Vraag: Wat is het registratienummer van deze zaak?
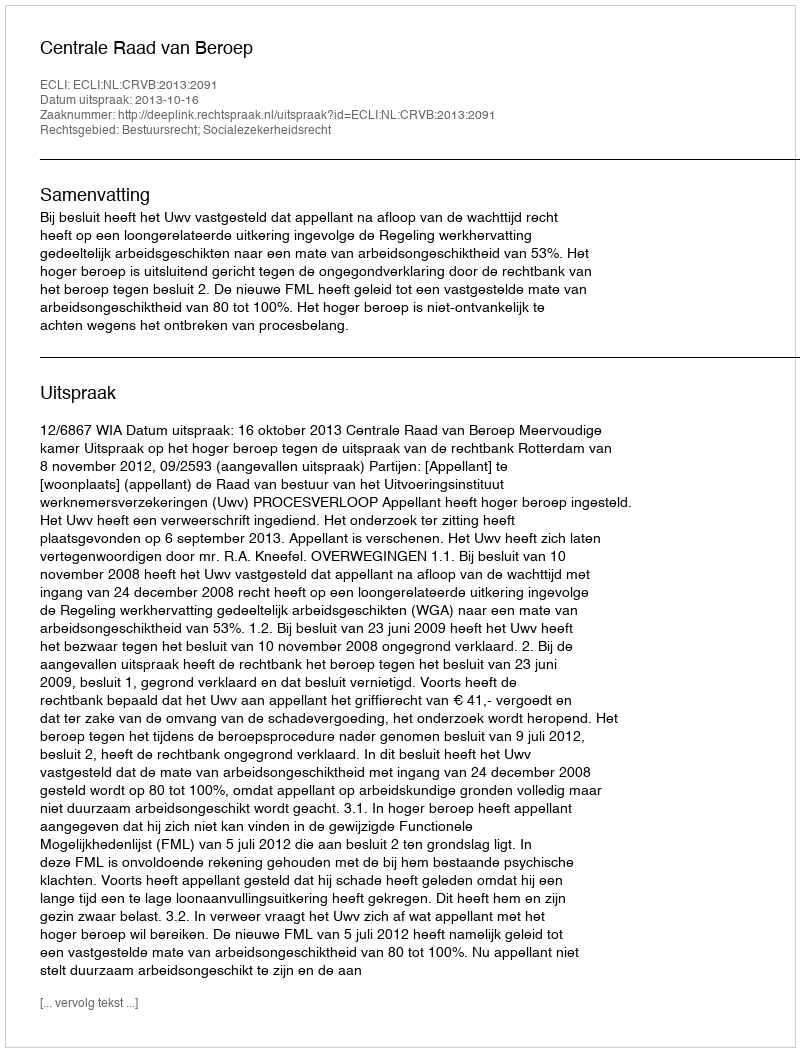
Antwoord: http://deeplink.rechtspraak.nl/uitspraak?id=ECLI:NL:CRVB:2013:2091